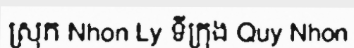
ស្រុក Nhon Ly ទីក្រុង Quy Nhon